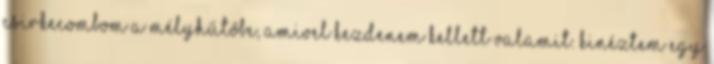
csirkecombom a mélyhűtőbe, amivel kezdenem kellett valamit. Kinéztem egy